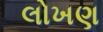
લોખણ